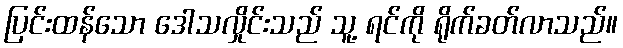
ပြင်းထန်သော ဒေါသလှိုင်းသည် သူ့ ရင်ကို ရိုက်ခတ်လာသည်။